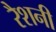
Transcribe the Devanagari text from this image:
रैशनी